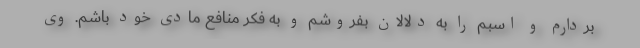
بردارم و اسبم را به دلالان بفروشم و به فکر منافع مادی خود باشم. وی